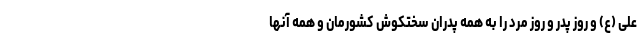
علی (ع) و روز پدر و روز مرد را به همه پدران سختکوش کشورمان و همه آنها